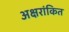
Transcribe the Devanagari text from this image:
अक्षरांकित